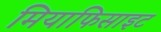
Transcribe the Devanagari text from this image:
मियाफिसाइट